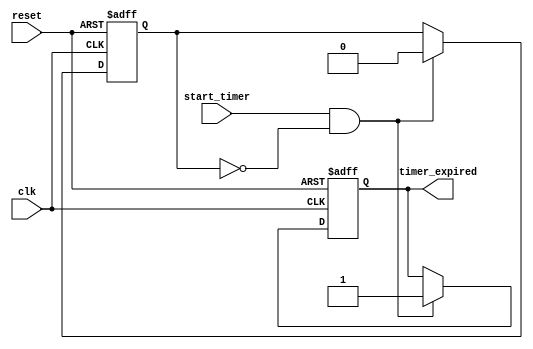
module timer_event #(
    parameter TIMEOUT_DURATION = 1000  // Timer duration in nanoseconds
)(
    input wire clk,                    // Clock signal
    input wire reset,                  // Reset signal
    input wire start_timer,            // Start timer signal
    output reg timer_expired           // Timer expired indicator
);

    // State variable to track if the timer is active
    reg timer_active;

    // Always block to handle timer logic
    always @(posedge clk or posedge reset) begin
        if (reset) begin
            // Reset the timer
            timer_active <= 1'b0;
            timer_expired <= 1'b0;
        end else if (start_timer && !timer_active) begin
            // Start the timer if not already active
            timer_active <= 1'b1;
            timer_expired <= 1'b0;
            // Initiate the timer after the specified duration
            #TIMEOUT_DURATION;
            // Timer has expired
            timer_expired <= 1'b1;
            timer_active <= 1'b0; // Reset state after expiration
        end
    end

endmodule